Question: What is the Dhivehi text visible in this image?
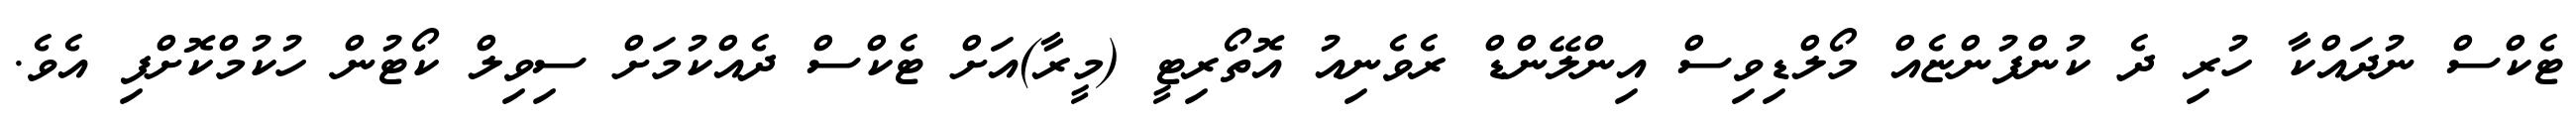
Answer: ޓެކްސް ނުދައްކާ ހުރި ދެ ކުންފުންޏެއް މޯލްޑިވިސް އިންލޭންޑް ރެވެނިއު އޮތޯރިޓީ (މީރާ)އަށް ޓެކްސް ދެއްކުމަށް ސިވިލް ކޯޓުން ހުކުމްކޮށްފި އެވެ.